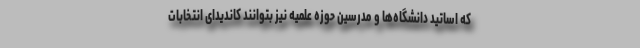
که اساتید دانشگاه‌ها و مدرسین حوزه علمیه نیز بتوانند کاندیدای انتخابات